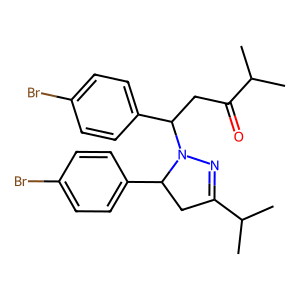
SMILES: CC(C)C(=O)CC(c1ccc(Br)cc1)N1N=C(C(C)C)CC1c1ccc(Br)cc1
Inhibits HIV replication: No